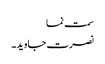
سمت نما
نصرت جاوید۔